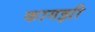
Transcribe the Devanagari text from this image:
कागझी